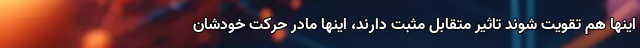
اینها هم تقویت شوند تاثیر متقابل مثبت دارند، اینها مادر حرکت خودشان